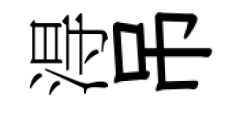
淂吊